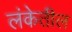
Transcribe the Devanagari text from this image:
लंकेतील